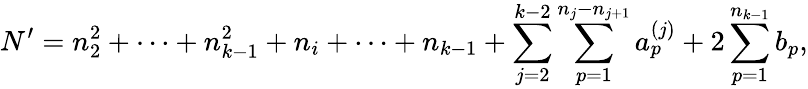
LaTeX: N^{\prime}=n_{2}^{2}+\cdots+n_{k-1}^{2}+n_{i}+\cdots+n_{k-1}+\sum_{j=2}^{k-2}\sum_{p=1}^{n_{j}-n_{j+1}}a_{p}^{(j)}+2\sum_{p=1}^{n_{k-1}}b_{p},